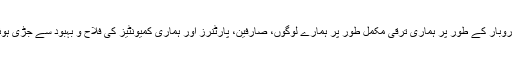
ایک کاروبار کے طور پر ہماری ترقی مکمل طور پر ہمارے لوگوں، صارفین، پارٹنرز اور ہماری کمیونٹیز کی فلاح و بہبود سے جڑی ہوئی ہے۔